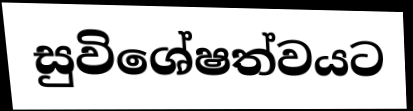
සුවිශේෂත්වයට